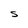
Character: S